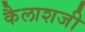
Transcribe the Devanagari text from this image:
कैलाशजी